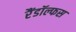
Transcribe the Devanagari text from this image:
रैंडॉल्फस